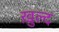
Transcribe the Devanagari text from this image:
ख़ुल्द